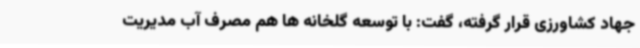
جهاد کشاورزی قرار گرفته، گفت: با توسعه گلخانه ها هم مصرف آب مدیریت